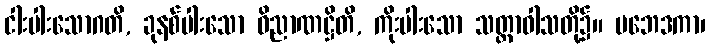
ငါးပါးသောဂတိ, ခုနစ်ပါးသော ဝိညာဏဋ္ဌိတိ, ကိုးပါးသော သတ္တာဝါသတို့၌။ ပဘေဒကာ၊